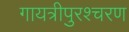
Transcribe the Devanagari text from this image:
गायत्रीपुरश्चरण